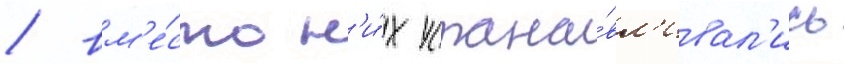
/ вм'е́сто н'и́х устана́вл'ивал'ись